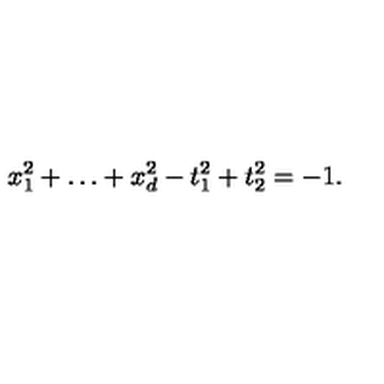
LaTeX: x _ { 1 } ^ { 2 } + \ldots + x _ { d } ^ { 2 } - t _ { 1 } ^ { 2 } + t _ { 2 } ^ { 2 } = - 1 .